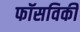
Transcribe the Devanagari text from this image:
फॉसविकी